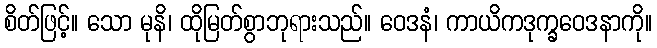
စိတ်ဖြင့်။ သော မုနိ၊ ထိုမြတ်စွာဘုရားသည်။ ဝေဒနံ၊ ကာယိကဒုက္ခဝေဒနာကို။